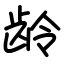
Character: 龄